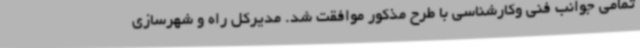
تمامی جوانب فنی وکارشناسی با طرح مذکور موافقت شد. مدیرکل راه و شهرسازی